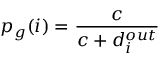
p _ { g } ( i ) = \frac { c } { c + d _ { i } ^ { o u t } }